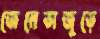
জেনেভাজুড়ে